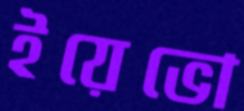
ইয়েভো